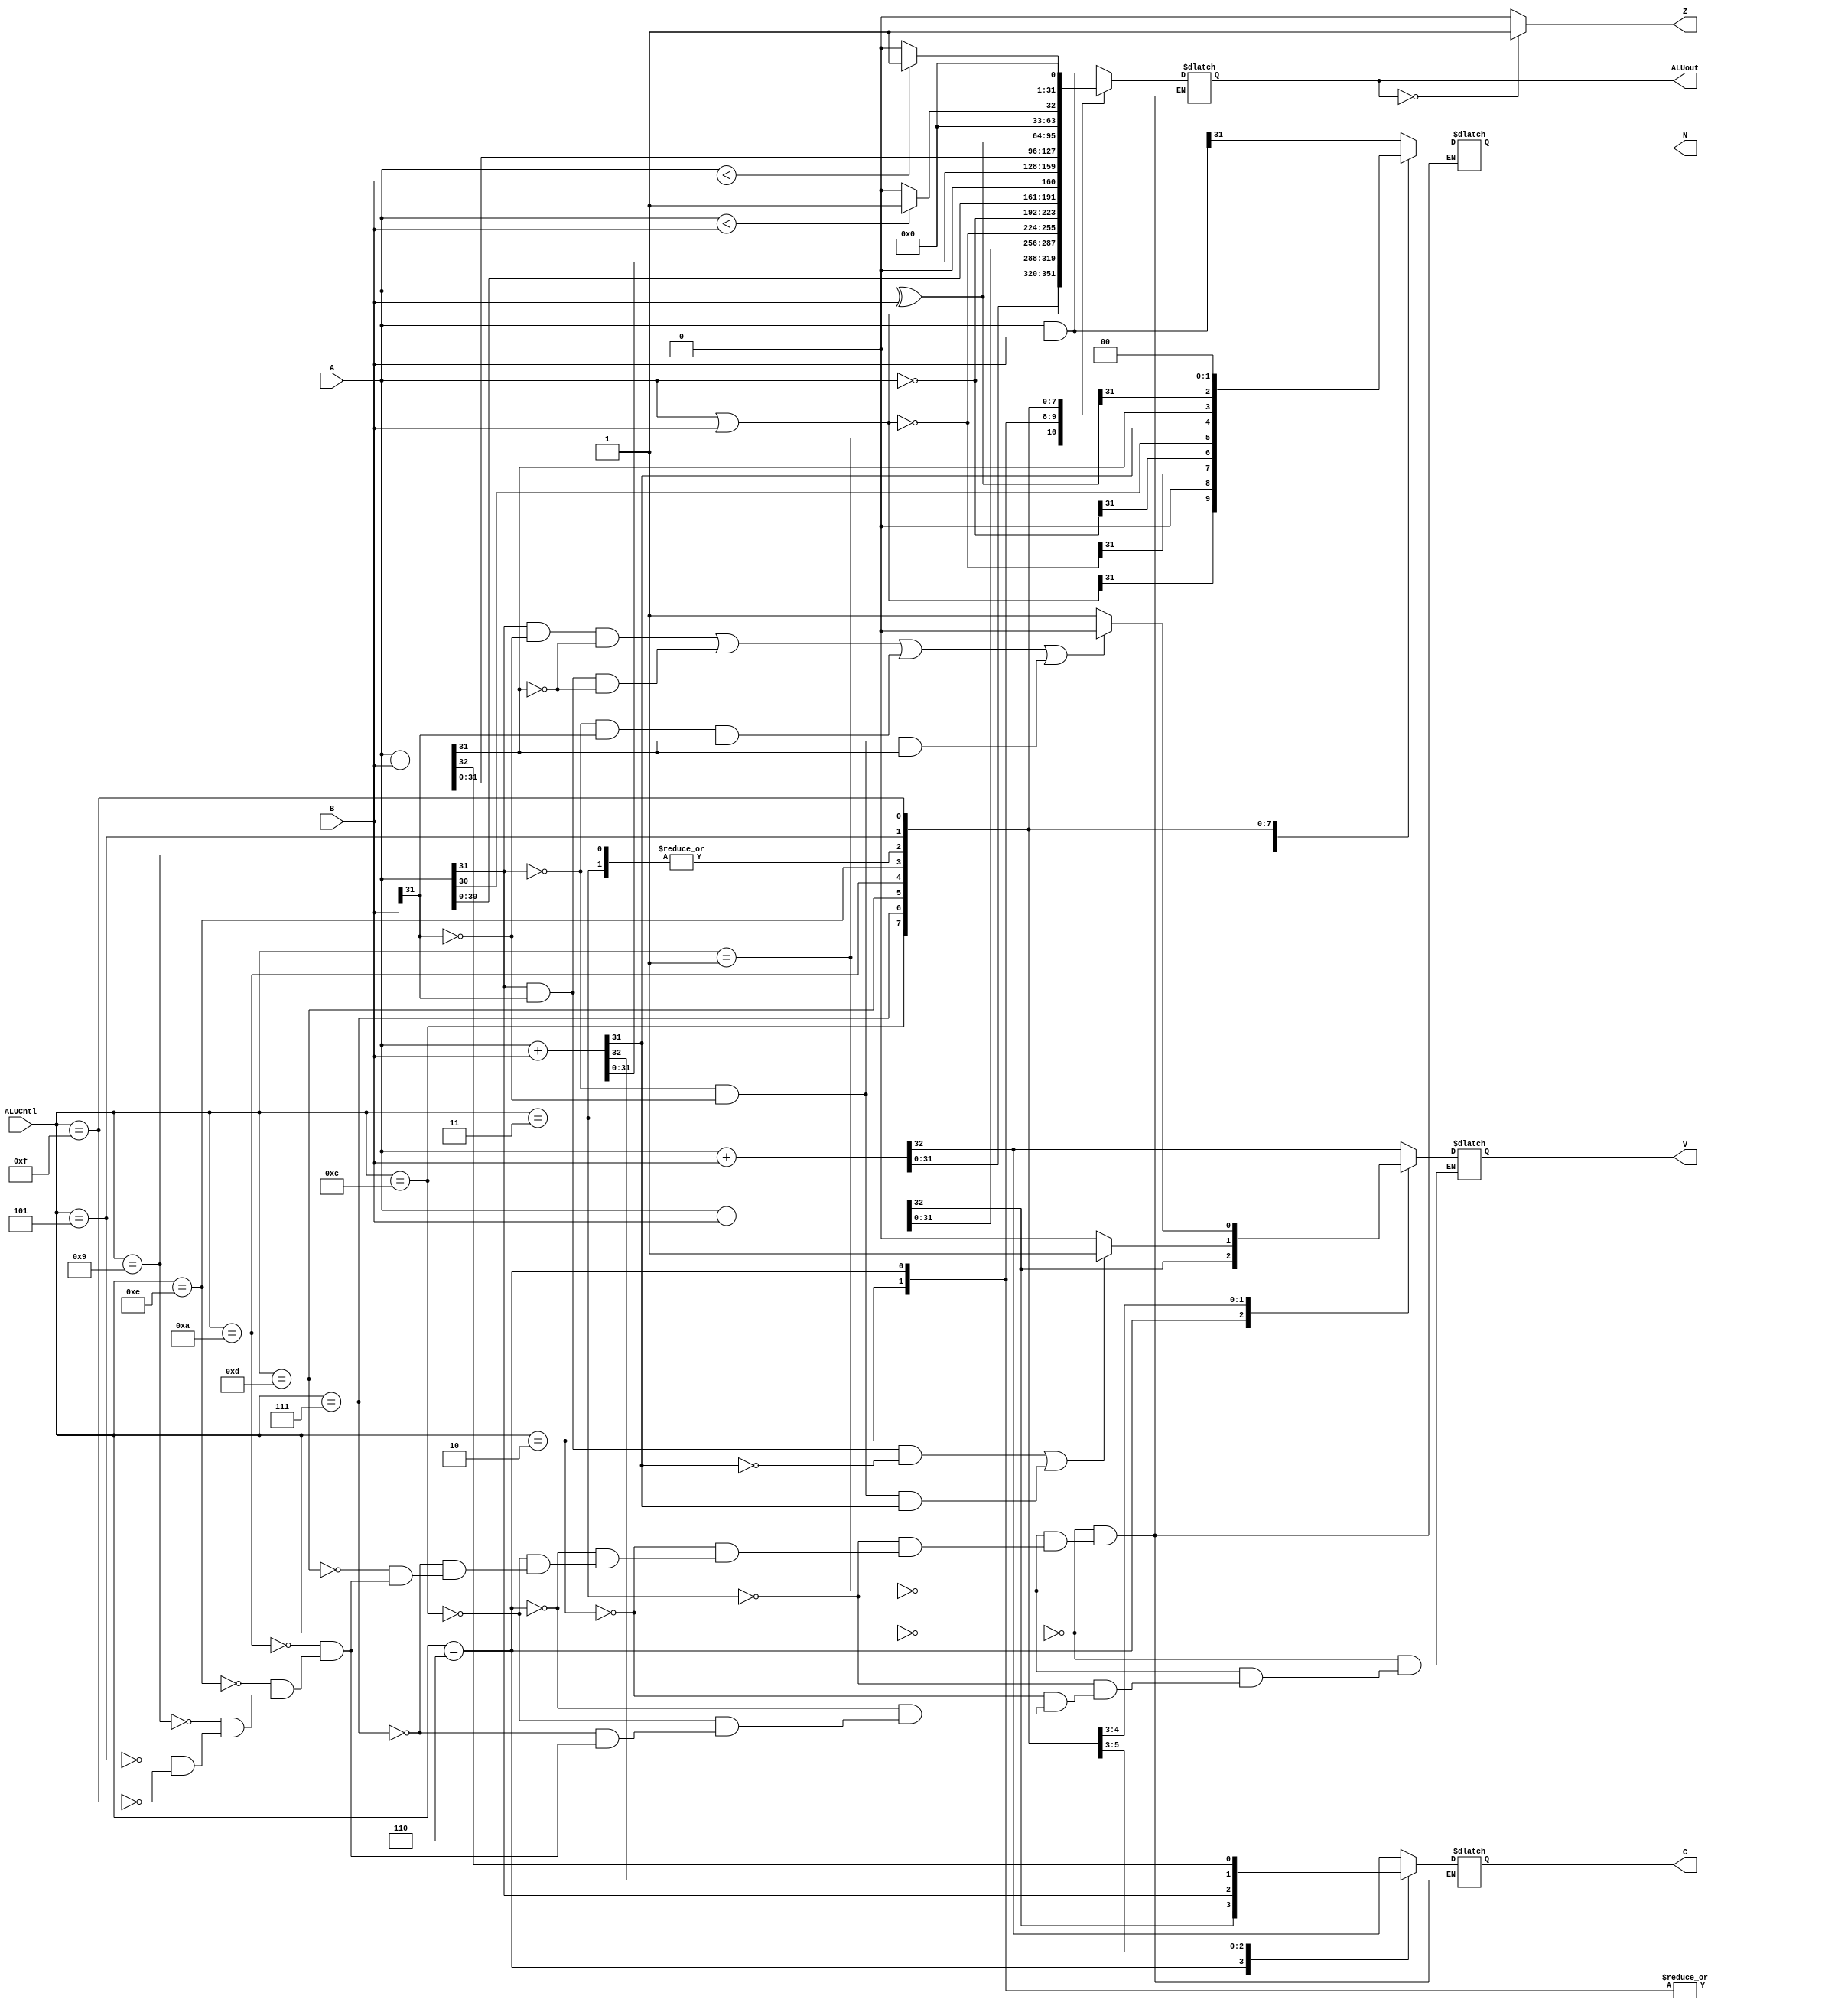
module ALU(
    input [31:0] A,
    input [31:0] B,
    input [3:0] ALUCntl,
    output reg [31:0] ALUout,
    output reg C,       //Carryout
    output reg N,       //Negative
    output Z,           //Zero
    output reg V        //Overflow
    );
    
    reg signed [31:0] A_s, B_s;
    assign Z = (ALUout == 32'b0) ? 1'b1 : 1'b0;
    
    always@(*) begin
        A_s = A;
        B_s = B;
        case(ALUCntl)  
            4'b0000: begin      //AND                                 
                        {V,C,ALUout} = {2'bx, (A & B)};     //Assign x to V & C since they're not important. A & B are assigned to ALUout
                        N = ALUout[31];                     
                     end  
            4'b0001: begin      //OR                                        
                        {V,C,ALUout} = {2'bx, (A | B)};
                        N = ALUout[31];
                     end  
            4'b0011: begin      //XOR                                        
                        {V,C,ALUout} = {2'bx, (A ^ B)};
                        N = ALUout[31];
                     end                                         
            4'b0010: begin      //ADD UNSIGNED                                       
                        {C,ALUout} = A + B;
                        V = C;
                        N = 1'b0;        
                     end  
            4'b0110: begin      //SUB UNSIGNED                                      
                        {C,ALUout} = A - B;
                        V = C;
                        N = 1'b0;
                     end  
            4'b1100: begin      //NOR                                        
                        {V,C,ALUout} = {2'bx, ~(A | B)};
                        N = ALUout[31];
                     end  
            4'b0111: begin      //NOT                                        
                        {V,C,ALUout} = {2'bx, ~A};
                        N = ALUout[31];
                     end  
            4'b1101: begin      //SHIFT LEFT LOGICAL                                        
                        {C,ALUout} =  A<<1 ;
                        N = ALUout[31];
                     end     
            4'b1010: begin      //ADD SIGNED                 
                        {C, ALUout} = A_s + B_s;    //Cocatenate C & ALOut and asignning it
                        if((A_s[31] & B_s[31] & ~ALUout[31]) || (~A_s[31] & ~B_s[31] & ALUout[31]))
                            V = 1'b1;       //Assign 1 to overflow
                        else
                            V = 1'b0;       //Assign 0 to overflow
                        N = ALUout[31];
                     end
            4'b1110: begin      //SUB SIGNED                                        
                        {C, ALUout} = A_s - B_s;   
                        if((A_s[31] & ~B_s[31] & ~ALUout[31])  || (A_s[31] & B_s[31] & ~ALUout[31]) ||
                           (~A_s[31] & B_s[31] & ALUout[31]) || (~A_s[31] & ~B_s[31] & ALUout[31]))
                            V = 1'b0;       
                        else
                            V = 1'b1;      
                        N = ALUout[31];
                     end               
            4'b1001: begin      //XOR                                        
                        {V,C,ALUout} = {2'bx, (A ^ B)};
                        N = ALUout[31];
                     end    
            4'b0101: begin      //SET LESS THAN                                      
                        if (A_s < B_s)
                            ALUout = 1'b1;
                        else
                            ALUout = 1'b0;
                      
                        {V,C} = {2'bx};
                        N = ALUout[31];
                     end 
            4'b1111: begin      //SET LESS THAN UNSIGNED                                       
                        if (A < B)
                            ALUout = 1'b1;
                        else
                            ALUout = 1'b0;
                      
                        {V,C} = {2'bx};
                        N = ALUout[31];   
                     end     
        endcase                
    end
endmodule